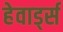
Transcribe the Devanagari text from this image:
हेवार्ड्स